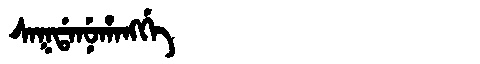
Manchu: ᠰᠠᡴᡩᠠᠨᡠᡥᠠᠩᡤᡝ
Romanization: SAKDANUHANGGE